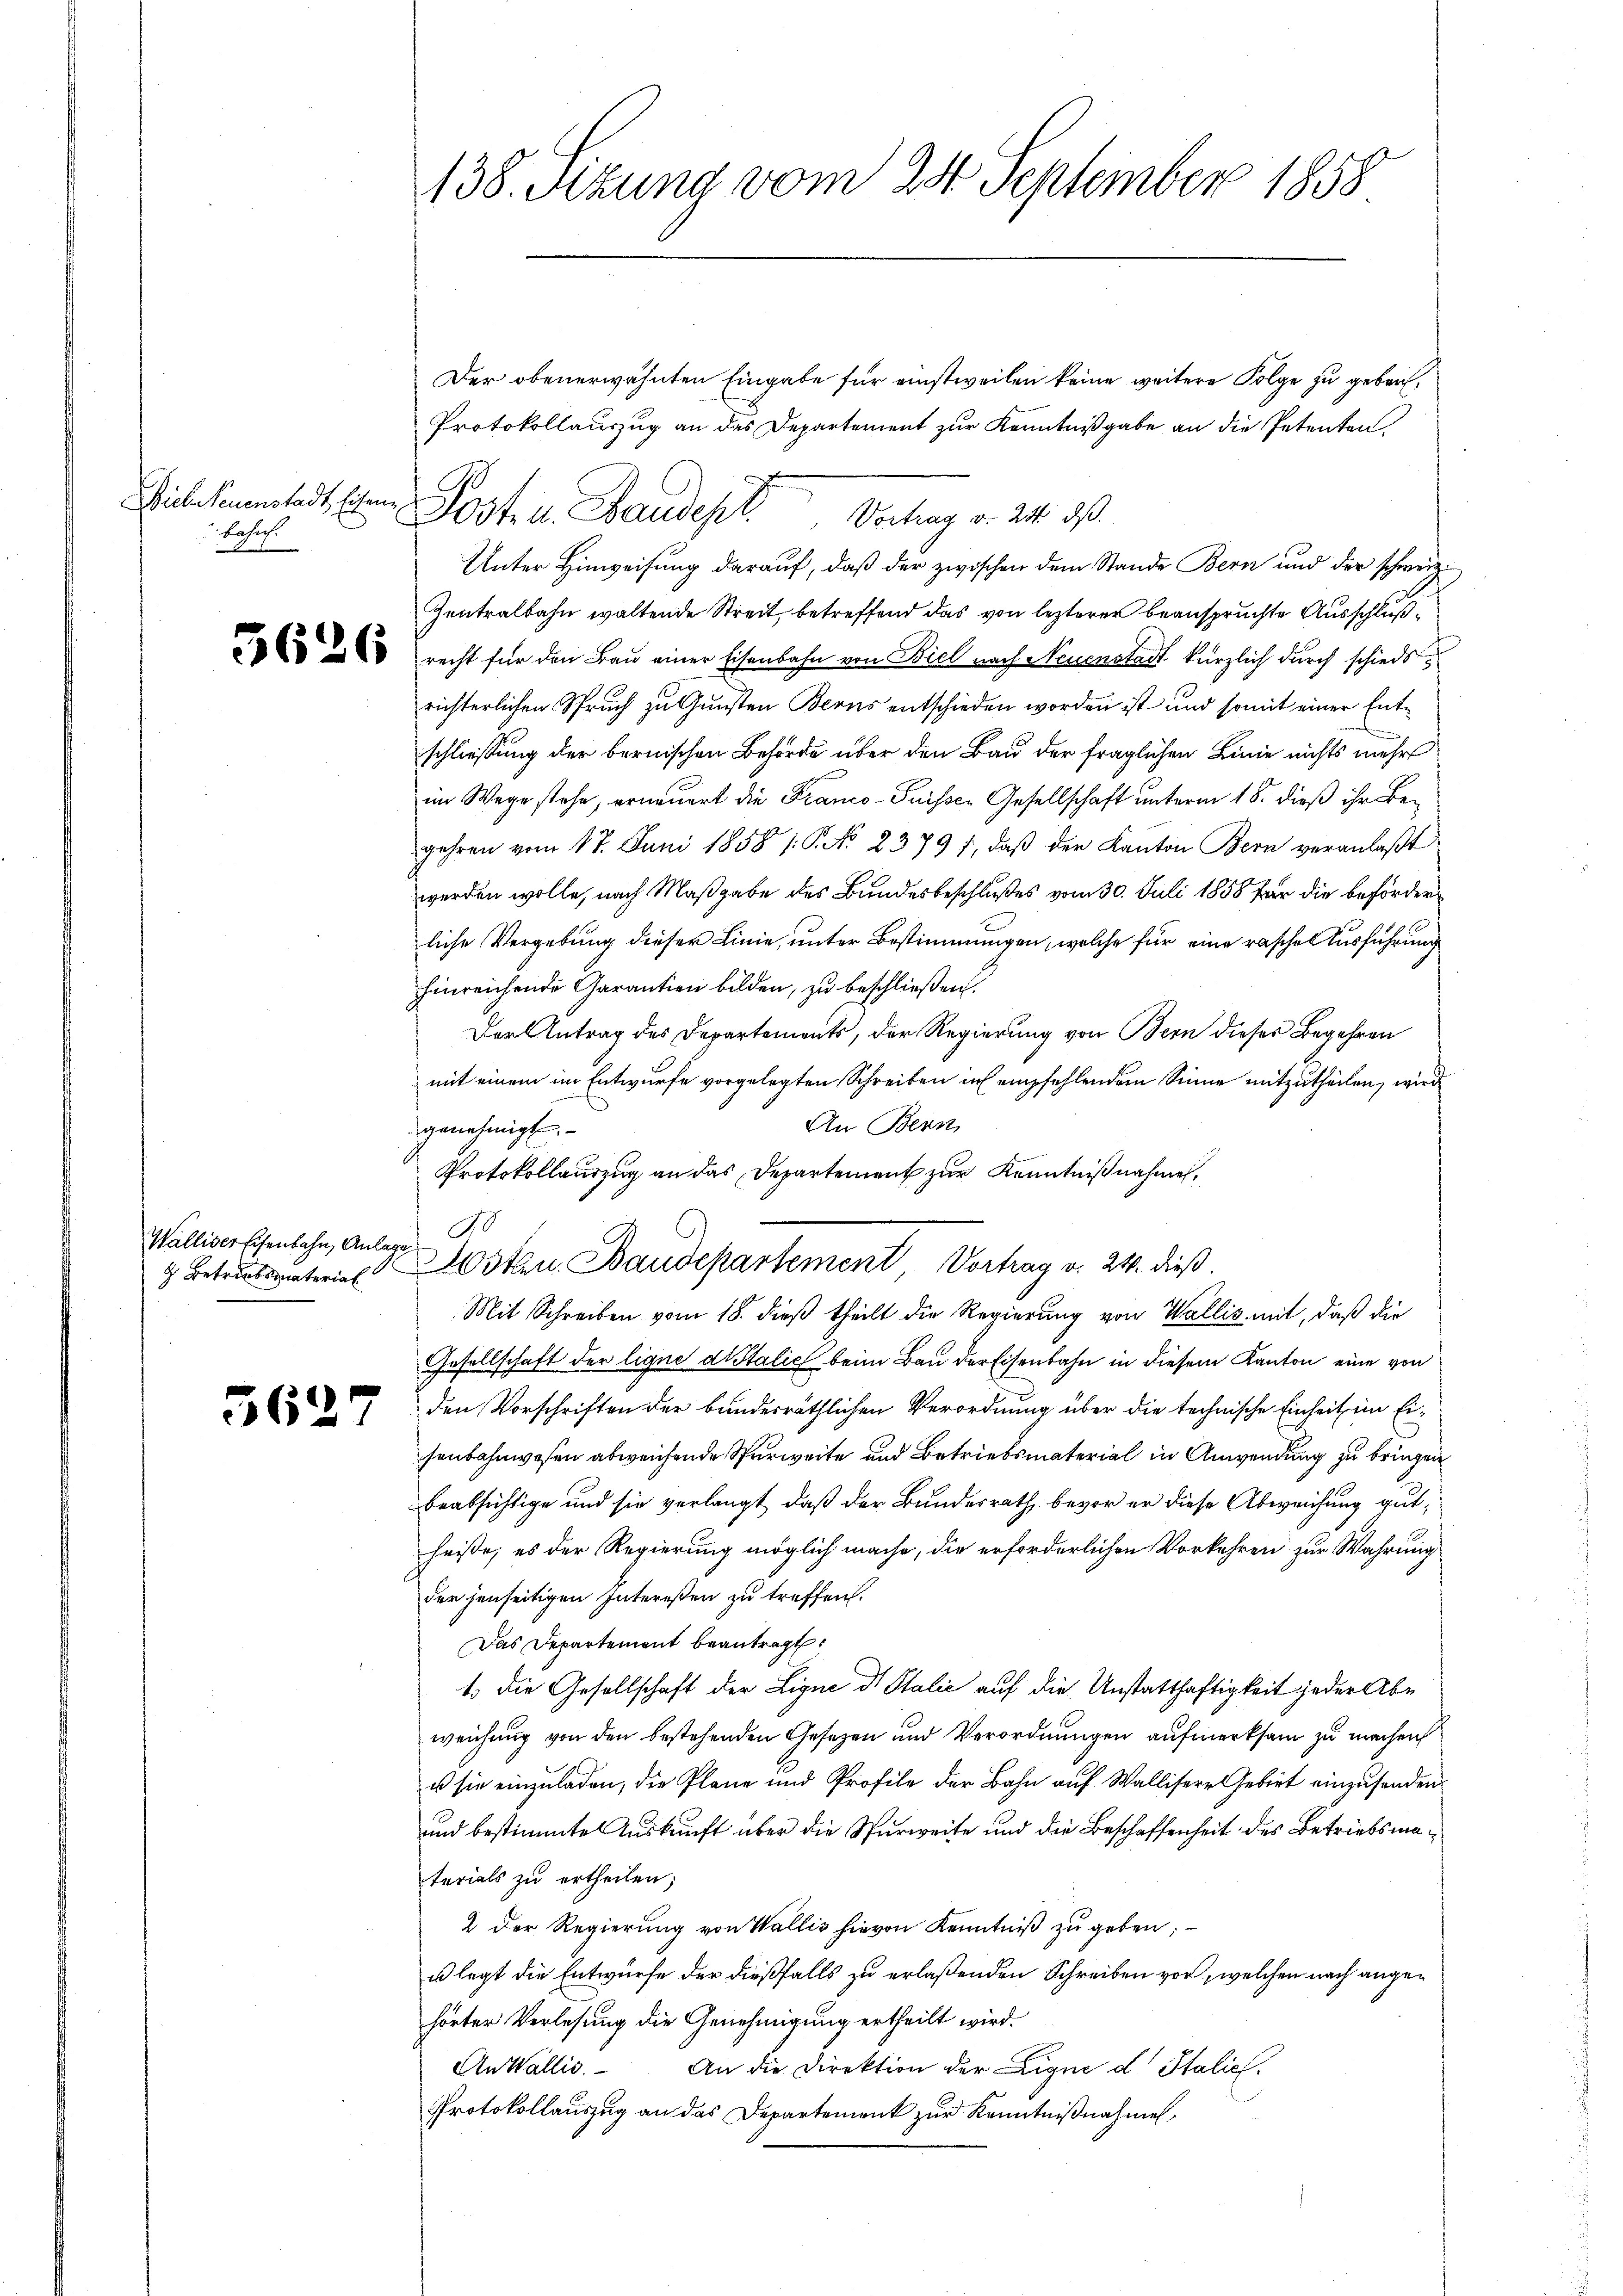
Biel Neuenstadt, Eisen
Behuf

Walliser Eisenbahn, Anlage

5627

138. Sizung vom 24. September 1858

Der obenerwähnten Eingabe für einstweilen keine weitere Folge zu geben¬
Protokollauszug an das Departement zur Kenntnißgabe an die Petenten.
Posten. Bandes Vertrag v. 24. d.
Unter Hinweisung darauf, daß der zwischen dem Stande Bern und der schweiz.
Zentralbahn waltende Streit, betreffend das von lezterer beanspruchte Ausschluß¬
 recht für den Bau einer Eisenbahn von Biel nach Neuenstadt kürzlich durch schiedsrichterlichen Spruch zu Gunsten Berns entschieden worden ist und somit einer Entschliessung der bernischen Behörde über den Bau der fraglichen Linie nichts mehr
im Wege stehe, erneuert die Franco- Puisser Gesellschaft unterm 18. dieß ihr Begehren vom 17. Juni 1858 /: P. No. 23797, daβ der Kanton Bern veranlaβt
werden wolle, nach Maßgabe des Bundesbeschlußes vom 30. Juli 1858 für die beförderliche Vergebung dieser Linie, unter Bestimmungen, welche für eine raschen Ausführung
hinreichende Garantien bilden, zu beschließen.
Der Antrag des Departements, der Regierung von Bern dieses Begehren
mit einem im Entwurfe vorgelegten Schreiben in empfehlendem Sinne mitzutheilen, wird
An Bern,
genehmigt.
Protokollauszug an das Departement zur Kenntnißnahmen,
do
Mit Schreiben vom 18. dieß theilt die Regierung von Wallis mit, daß die
Gesellschaft der ligne distalich beim Bau der Eisenbahn in diesem Kanton eine von
den Vorschriften der bundesräthlichen Verordnung über die technische Einheit im Eisenbahnwesen abweichende Spurweite und Betriebsmaterial in Anwendung zu bringen
beabsichtige und sie verlangt, daß der Bundesrath bevor er diese Abweichung gutheiße, es der Regierung möglich mache, die erforderlichen Vorkehren zur Wahrung
der jenseitigen Intereßen zu treffen.
Das Departement beantragt:
1.) Die Gesellschaft der Ligne d. Stalić auf die Unstatthaftigkeit jeder Abweichung von den bestehenden Gesetzen und Verordnungen aufmerksam zu machen
us sie einzuladen, die Pläne und Profile der Bahn auf Wallisere Gebiet einzusenden
und bestimmte Auskunft über die Spurweite und die Beschaffenheit des Betriebsmaterials zu ertheilen;
2 der Regierung von Wallis hievon Kenntniß zu geben;
u legt die Entwurfe der dießfalls zu erlaßenden Schreiben vor, welchen nach angehörter Verlesung die Genehmigung ertheilt wird.
An Wallis. An die Direktion der Liquid Italic.
Protokollauszug an das Departement zur Kenntnißnahmes¬

3 Betrud unterie 3ten Baudepartement Vortrag v. 24. dieß.